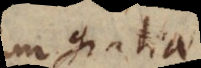
in gratiam